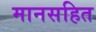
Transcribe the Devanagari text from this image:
मानसहित